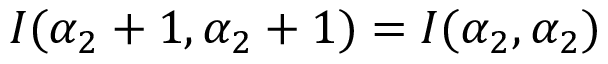
I ( \alpha _ { 2 } + 1 , \alpha _ { 2 } + 1 ) = I ( \alpha _ { 2 } , \alpha _ { 2 } )